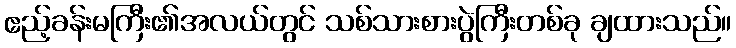
ဧည့်ခန်းမကြီး၏အလယ်တွင် သစ်သားစားပွဲကြီးတစ်ခု ချထားသည်။